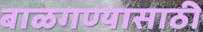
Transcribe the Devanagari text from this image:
बाळगण्यासाठी